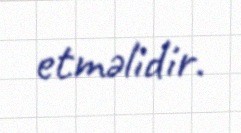
etməlidir.